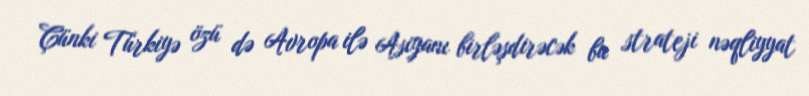
Çünki Türkiyə özü də Avropa ilə Asiyanı birləşdirəcək bu strateji nəqliyyat